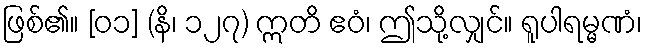
ဖြစ်၏။ [၀၁] (နိ၊ ၁၂၇) ဣတိ ဧဝံ၊ ဤသို့လျှင်။ ရူပါရမ္မဏံ၊